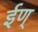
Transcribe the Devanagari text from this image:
ईण्